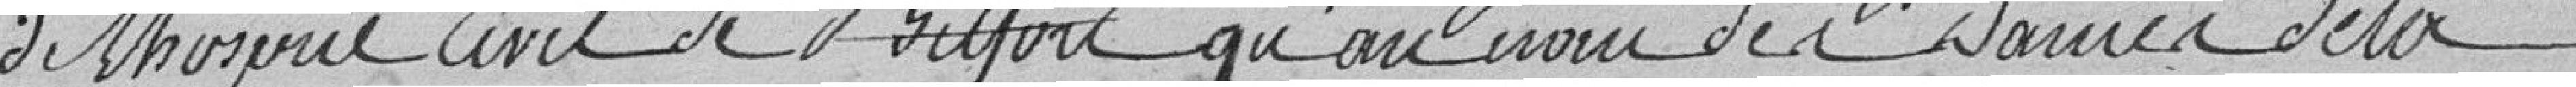
de l'hospice civil de Belfort qu'au nom des Dames de la